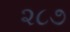
૨૮૭